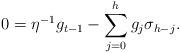
LaTeX: \begin{align*}0 = \eta^{-1} g_{t-1} -\sum\limits_{j=0}^{h} g_j \sigma_{h-j}. \end{align*}